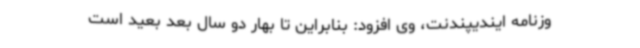
وزنامه ایندیپندنت، وی افزود: بنابراین تا بهار دو سال بعد بعید است